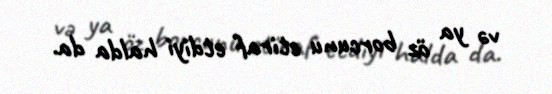
və ya öz borcunu etiraf etdiyi halda da.